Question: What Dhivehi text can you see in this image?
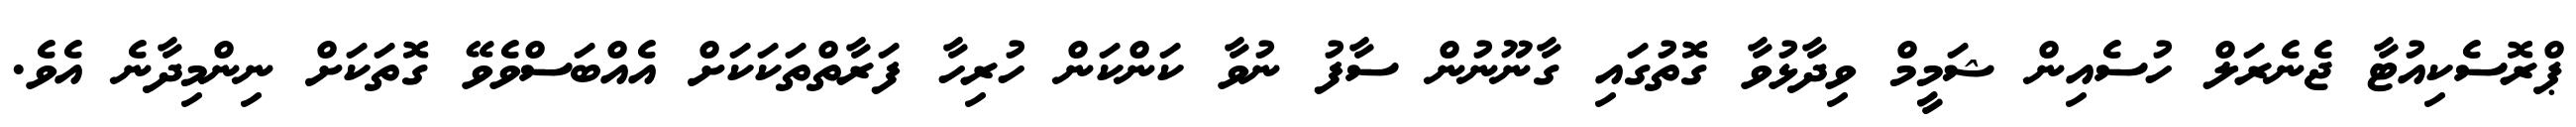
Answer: ޕްރޮސެކިއުޓާ ޖެނެރަލް ހުސެއިން ޝަމީމް ވިދާޅުވާ ގޮތުގައި ގާނޫނުން ސާފު ނުވާ ކަންކަން ހުރިހާ ފަރާތްތަކަކަށް އެއްބަސްވެވޭ ގޮތަކަށް ނިންމިދާނެ އެވެ.